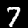
Label: 7